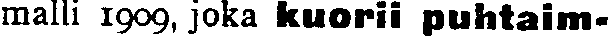
malli 1909, joka kuorii puhtaim-